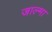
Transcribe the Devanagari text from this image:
जाल्मा